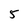
Character: 5